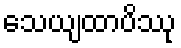
သေယျထာပိဿု